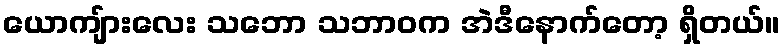
ယောကျ်ားလေး သဘော သဘာဝက အဲဒီနောက်တော့ ရှိတယ်။